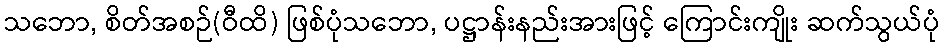
သဘော, စိတ်အစဉ်(ဝီထိ) ဖြစ်ပုံသဘော, ပဋ္ဌာန်းနည်းအားဖြင့် ကြောင်းကျိုး ဆက်သွယ်ပုံ